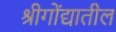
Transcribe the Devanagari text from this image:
श्रीगोंद्यातील